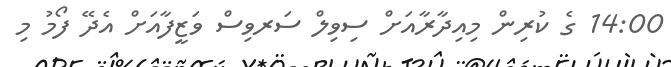
14:00 ގެ ކުރިން މިއިދާރާއަށް ސިވިލް ސަރވިސް ވަޒީފާއަށް އެދޭ ފޯމު މި